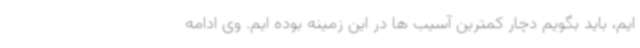
ایم، باید بگویم دچار کمترین آسیب ها در این زمینه بوده ایم. وی ادامه